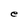
Character: e